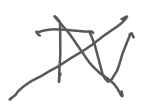
Text: TV
Cross-out: cross
Writing tool: digital_gray